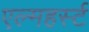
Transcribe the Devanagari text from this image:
एल्महर्स्ट